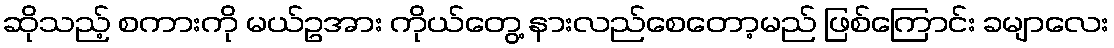
ဆိုသည့် စကားကို မယ်ဥအား ကိုယ်တွေ့ နားလည်စေတော့မည် ဖြစ်ကြောင်း ခမျာလေး